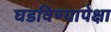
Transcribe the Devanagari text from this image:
घडविण्यापेक्षा